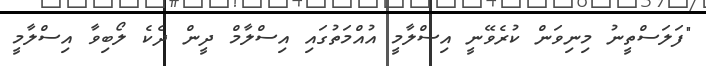
"ފަލަސްތީނު މިނިވަން ކުރެވޭނީ އިސްލާމީ އުއްމަތުގައި އިސްލާމް ދީން ދެކެ ލޯބިވާ އިސްލާމީ